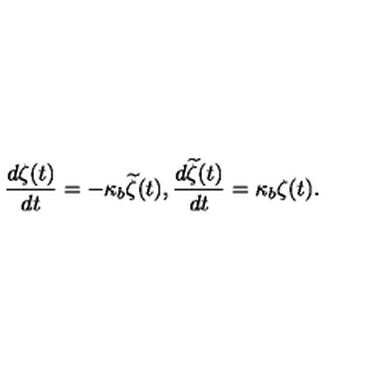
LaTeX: \frac { d \zeta ( t ) } { d t } = - \kappa _ { b } { \widetilde \zeta } ( t ) , \frac { d { \widetilde \zeta } ( t ) } { d t } = \kappa _ { b } \zeta ( t ) .